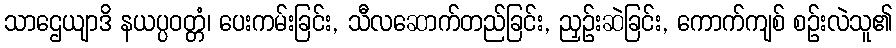
သာဌေယျာဒိ နယပ္ပဝတ္တံ၊ ပေးကမ်းခြင်း, သီလဆောက်တည်ခြင်း, ညှဉ်းဆဲခြင်း, ကောက်ကျစ် စဉ်းလဲသူ၏